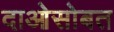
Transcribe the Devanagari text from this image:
दाओसोबत